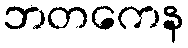
ဘတကေန